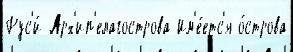
Рус'и́ Арх'ип'елагострова Им'е́етс'я о́строва